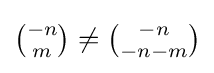
{\textstyle {\binom {-n}{m}}\neq {\binom {-n}{-n-m}}}